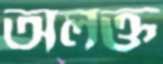
অলক্ত